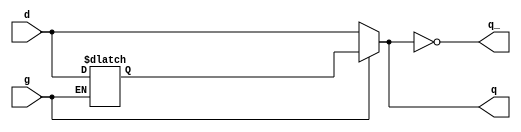
module sn74ls375(q, q_, d, g);
input [3:0] d;
input g;
reg [3:0] ff;
output [3:0] q, q_;

parameter
	// TI TTL data book Vol 1, 1985
	tPLHq_min=0,  tPLHq_typ=15,  tPLHq_max=27,
	tPHLq_min=0,  tPHLq_typ=9,   tPHLq_max=17,
	tPLHq__min=0, tPLHq__typ=12, tPLHq__max=20,
	tPHLq__min=0, tPHLq__typ=7,  tPHLq__max=15;

initial
begin
	ff <= 4'bxxxx;
end

always @(g, d)
begin
	if (g==0)
		ff <= d;
end

assign #(tPLHq_min:tPLHq_typ:tPLHq_max, tPHLq_min:tPHLq_typ:tPHLq_max)
	q = g==1 ? ff : d;
assign #(tPLHq__min:tPLHq__typ:tPLHq__max, tPHLq__min:tPHLq__typ:tPHLq__max)
	q_ = ~(g==1 ? ff : d);

endmodule